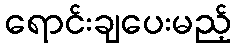
ရောင်းချပေးမည့်